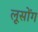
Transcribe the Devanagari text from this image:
लूसोंग